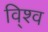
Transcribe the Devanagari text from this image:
वि्श्व